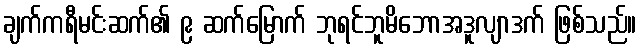
ချက်ကရီမင်းဆက်၏ ၉ ဆက်မြောက် ဘုရင်ဘူမိဘောအဒူလျာဒက် ဖြစ်သည်။